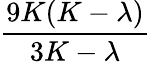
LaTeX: \frac{9K(K-\lambda)}{3K-\lambda}